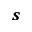
\pmb { S }